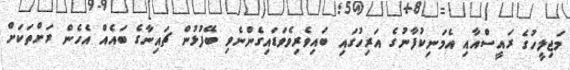
މަޖިލީހުގެ ރައީސްއާއި އެމަނިކުފާނުގެ އަރިހުގައި ބައިވެރިވެވަޑައިގެންނެވި ބޭފުޅުން ޗައިނާގެ ބައެއް އެެހެން ރަށްތަކަށް